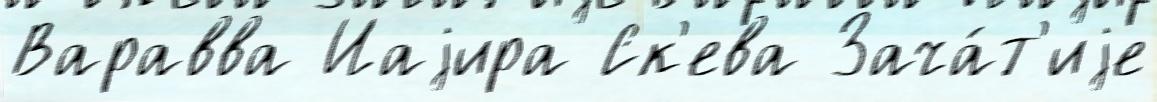
Варавва Иаjира Ск'ева Зача́т'иjе